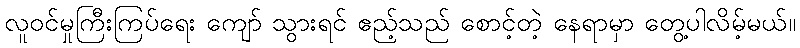
လူဝင်မှုကြီးကြပ်ရေး ကျော် သွားရင် ဧည့်သည် စောင့်တဲ့ နေရာမှာ တွေ့ပါလိမ့်မယ်။